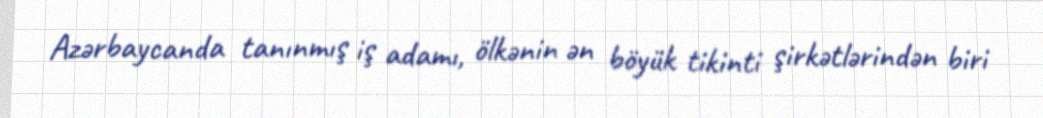
Azərbaycanda tanınmış iş adamı, ölkənin ən böyük tikinti şirkətlərindən biri